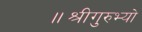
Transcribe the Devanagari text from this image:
॥श्रीगुरुभ्यो